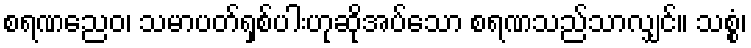
စရဏညေဝ၊ သမာပတ်ရှစ်ပါးဟုဆိုအပ်သော စရဏသည်သာလျှင်။ သစ္စံ၊